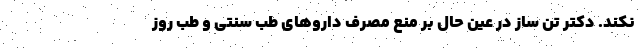
نکند. دکتر تن ساز در عین حال بر منع مصرف داروهای طب سنتی و طب روز